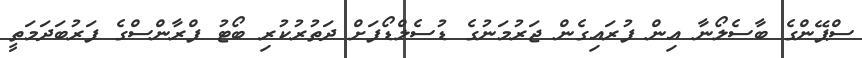
ސްޕޭންގެ ބާސެލޯނާ އިން ފުރައިގެން ޖަރުމަނުގެ ޑުސެލްޑޯފަށް ދަތުރުކުރި ބޯޓު ފްރާންސްގެ ފަރުބަދަމަތީ